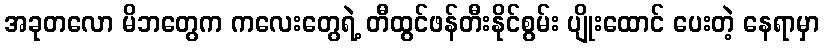
အခုတလော မိဘတွေက ကလေးတွေရဲ့ တီထွင်ဖန်တီးနိုင်စွမ်း ပျိုးထောင် ပေးတဲ့ နေရာမှာ